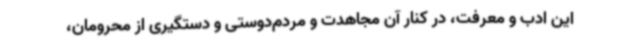
این ادب و معرفت، در کنار آن مجاهدت و مردم‌دوستی و دستگیری از محرومان،